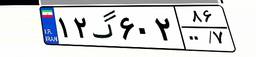
۱۲گ۶۰۲۸۶